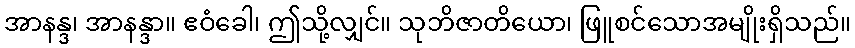
အာနန္ဒ၊ အာနန္ဒာ။ ဧဝံခေါ၊ ဤသို့လျှင်။ သုဘိဇာတိယော၊ ဖြူစင်သောအမျိုးရှိသည်။